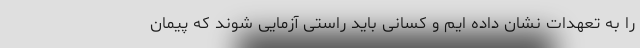
را به تعهدات نشان داده ایم و کسانی باید راستی آزمایی شوند که پیمان